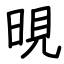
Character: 晛